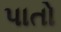
પાતો